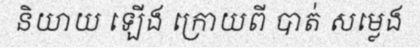
និយាយ ឡើង ក្រោយពី បាត់ សម្លេង